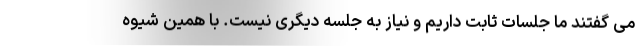
می گفتند ما جلسات ثابت داریم و نیاز به جلسه دیگری نیست. با همین شیوه